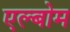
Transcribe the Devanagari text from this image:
एल्बोम